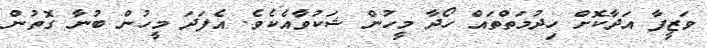
ވަޒީފާ އަދާކޮށް ހިދުމަތްތައް ހޯދާ މީހުން ޝަކުވާއެކެވެ. އެފަދަ މީހުން ބުނާ ގޮތުން